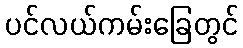
ပင်လယ်ကမ်းခြေတွင်